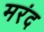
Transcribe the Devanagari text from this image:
मरंद